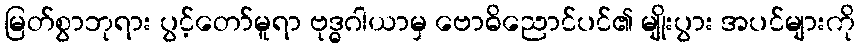
မြတ်စွာဘုရား ပွင့်တော်မူရာ ဗုဒ္ဓဂါယာမှ ဗောဓိညောင်ပင်၏ မျိုးပွား အပင်များကို